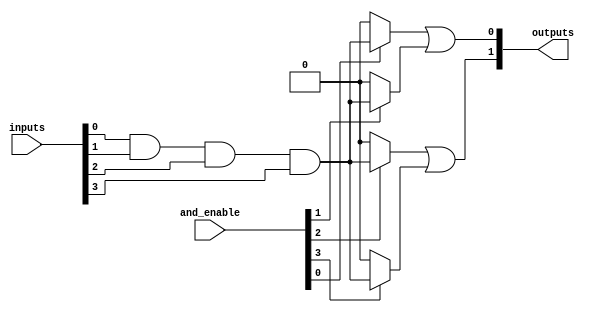
module SPAL #(
    parameter NUM_INPUTS = 4,      // Number of inputs
    parameter NUM_AND_GATES = 4,    // Number of AND gates
    parameter NUM_OR_GATES = 2       // Number of OR gates
)(
    input wire [NUM_INPUTS-1:0] inputs,  // Input signals
    input wire [NUM_AND_GATES-1:0] and_enable, // Control signals for AND gates
    output wire [NUM_OR_GATES-1:0] outputs // Output signals
);

// Programmable AND array
wire [NUM_AND_GATES-1:0] and_outputs [0:NUM_INPUTS-1]; // AND gate outputs

genvar i, j;
generate
    for (i = 0; i < NUM_AND_GATES; i = i + 1) begin : and_gate
        assign and_outputs[i] = (and_enable[i]) ? (inputs[0] & inputs[1] & inputs[2] & inputs[3]) : 1'b0; // Example: AND of all inputs
    end
endgenerate

// Fixed OR array
wire [NUM_OR_GATES-1:0] or_outputs;

assign or_outputs[0] = and_outputs[0] | and_outputs[1]; // OR gate combining first two AND outputs
assign or_outputs[1] = and_outputs[2] | and_outputs[3]; // OR gate combining last two AND outputs

// Final outputs
assign outputs = or_outputs;

endmodule